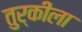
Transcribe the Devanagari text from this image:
तुर्कीला